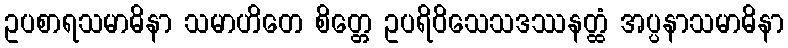
ဥပစာရသမာဓိနာ သမာဟိတေ စိတ္တေ ဥပရိဝိသေသဒဿနတ္ထံ အပ္ပနာသမာဓိနာ